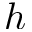
h